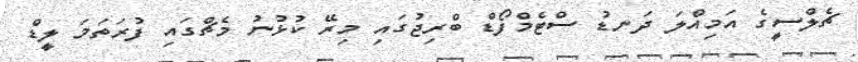
ޗެލްސީގެ އަމިއްލަ ދަނޑު ސްޓެމްފޯޑް ބްރިޖުގައި މިރޭ ކުޅުނު މެޗްގައި ފުރަތަމަ ލީޑް